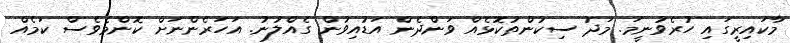
މާކައިރީގައި ހުރެވުނީމަ. މަދު ސިކުންތުކޮޅެއް ވަންދެން އަޑުއިވުން ގެއްލުނު. އަހަރެންނަށް ކޮންމެވެސް ކަމެއް